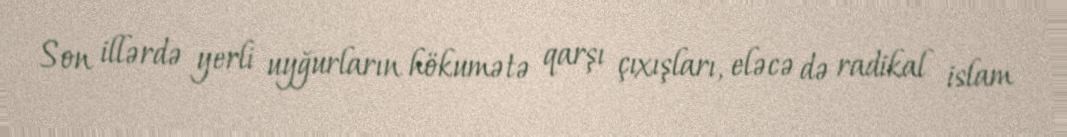
Son illərdə yerli uyğurların hökumətə qarşı çıxışları, eləcə də radikal islam